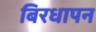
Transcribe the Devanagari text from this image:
बिरधापन